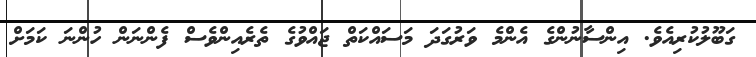
ގަބޫލުކުރިއެވެ. އިންސާނުންގެ އެންމެ ވަރުގަދަ މަސައްކަތް ޖައްވުގެ ތެރެއިންވެސް ފެންނަން ހުންނަ ކަމަށް